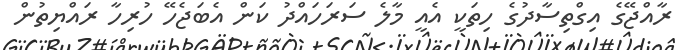
ރާއްޖޭގެ އިގްތިސާދުގެ ހިތަކީ އެއީ މާލެ ސަރަހައްދު ކަން އެބަޖެހޭ ހުރިހާ ރައްޔިތުން